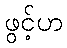
ဖွင့်ဟ